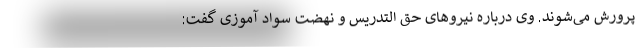
پرورش می‌شوند. وی درباره نیروهای حق التدریس و نهضت سواد آموزی گفت: